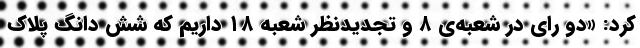
کرد: «دو رای در شعبه‌ی ۸ و تجدیدنظر شعبه ۱۸ داریم که شش دانگ پلاک